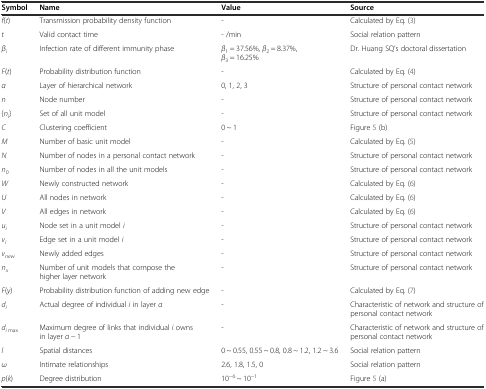
<table><thead><tr><td><b>Symbol</b></td><td><b>Name</b></td><td><b>Value</b></td><td><b>Source</b></td></tr></thead><tbody><tr><td><i>f</i>(<i>t</i>)</td><td>Transmission probability density function</td><td>-</td><td>Calculated by Eq. (3)</td></tr><tr><td><i>t</i></td><td>Valid contact time</td><td>- /min</td><td>Social relation pattern</td></tr><tr><td><i>β</i><sub><i>i</i></sub></td><td>Infection rate of different immunity phase</td><td><i>β</i><sub>1</sub> = 37.56%, <i>β</i><sub>2</sub> = 8.37%, <i>β</i><sub>3</sub> = 16.25%</td><td>Dr. Huang SQ’s doctoral dissertation</td></tr><tr><td><i>F</i>(<i>t</i>)</td><td>Probability distribution function</td><td>-</td><td>Calculated by Eq. (4)</td></tr><tr><td><i>α</i></td><td>Layer of hierarchical network</td><td>0, 1, 2, 3</td><td>Structure of personal contact network</td></tr><tr><td><i>n</i></td><td>Node number</td><td>-</td><td>Structure of personal contact network</td></tr><tr><td>{<i>n</i><sub><i>i</i></sub>}</td><td>Set of all unit model</td><td>-</td><td>Structure of personal contact network</td></tr><tr><td><i>C</i></td><td>Clustering coefficient</td><td>0 ~ 1</td><td>Figure 5 (b)</td></tr><tr><td><i>M</i></td><td>Number of basic unit model</td><td>-</td><td>Calculated by Eq. (5)</td></tr><tr><td><i>N</i></td><td>Number of nodes in a personal contact network</td><td>-</td><td>Structure of personal contact network</td></tr><tr><td><i>n</i><sub>0</sub></td><td>Number of nodes in all the unit models</td><td>-</td><td>Structure of personal contact network</td></tr><tr><td><i>W</i></td><td>Newly constructed network</td><td>-</td><td>Calculated by Eq. (6)</td></tr><tr><td><i>U</i></td><td>All nodes in network</td><td>-</td><td>Calculated by Eq. (6)</td></tr><tr><td><i>V</i></td><td>All edges in network</td><td>-</td><td>Calculated by Eq. (6)</td></tr><tr><td><i>u</i><sub><i>i</i></sub></td><td>Node set in a unit model <i>i</i></td><td>-</td><td>Structure of personal contact network</td></tr><tr><td><i>v</i><sub><i>i</i></sub></td><td>Edge set in a unit model <i>i</i></td><td>-</td><td>Structure of personal contact network</td></tr><tr><td><i>v</i><sub><i>new</i></sub></td><td>Newly added edges</td><td>-</td><td>Structure of personal contact network</td></tr><tr><td><i>n</i><sub><i>x</i></sub></td><td>Number of unit models that compose the higher layer network</td><td>-</td><td>Structure of personal contact network</td></tr><tr><td><i>F</i>(<i>y</i>)</td><td>Probability distribution function of adding new edge</td><td>-</td><td>Calculated by Eq. (7)</td></tr><tr><td><i>d</i><sub><i>i</i></sub></td><td>Actual degree of individual <i>i</i> in layer <i>α</i></td><td>-</td><td>Characteristic of network and structure of personal contact network</td></tr><tr><td><i>d</i><sub><i>i</i> max</sub></td><td>Maximum degree of links that individual <i>i</i> owns in layer <i>α</i> − 1</td><td>-</td><td>Characteristic of network and structure of personal contact network</td></tr><tr><td><i>l</i></td><td>Spatial distances</td><td>0 ~ 0.55, 0.55 ~ 0.8, 0.8 ~ 1.2, 1.2 ~ 3.6</td><td>Social relation pattern</td></tr><tr><td><i>ω</i></td><td>Intimate relationships</td><td>2.6, 1.8, 1.5, 0</td><td>Social relation pattern</td></tr><tr><td><i>p</i>(<i>k</i>)</td><td>Degree distribution</td><td>10<sup>−6</sup> ~ 10<sup>−1</sup></td><td>Figure 5 (a)</td></tr></tbody></table>